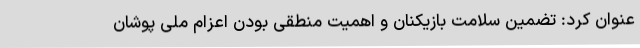
عنوان کرد: تضمین سلامت بازیکنان و اهمیت منطقی بودن اعزام ملی پوشان